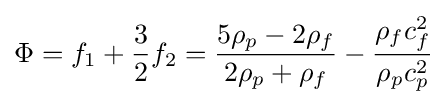
\Phi ={f_{1}}+{3 \over 2}{f_{2}}={{5{\rho _{p}}-2{\rho _{f}}} \over {2{\rho _{p}}+{\rho _{f}}}}-{{{\rho _{f}}c_{f}^{2}} \over {{\rho _{p}}c_{p}^{2}}}